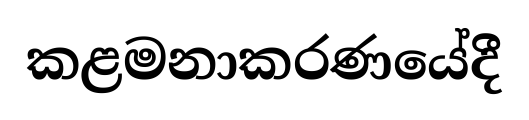
කළමනාකරණයේදී